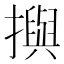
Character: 𢷣